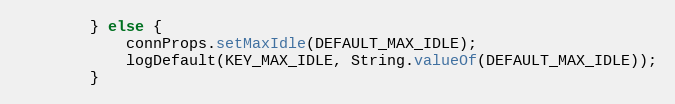
Language: Java
        } else {
            connProps.setMaxIdle(DEFAULT_MAX_IDLE);
            logDefault(KEY_MAX_IDLE, String.valueOf(DEFAULT_MAX_IDLE));
        }